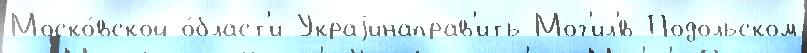
Моско́вской о́бласт'и Украjинаправ'ить Мог'ил'́в-Подольском